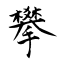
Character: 攀